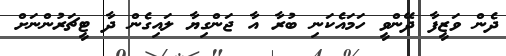
ދެން ވަޒީފާ ދޭންވީ ހަމައެކަނި ބުރާ އާ ޖަންގިޔާ ލައިގެން ދާ ޓީޗަރުންނަށް